Leaving Certificate Examination (including Day School Certificate (Higher) General paper), 1937
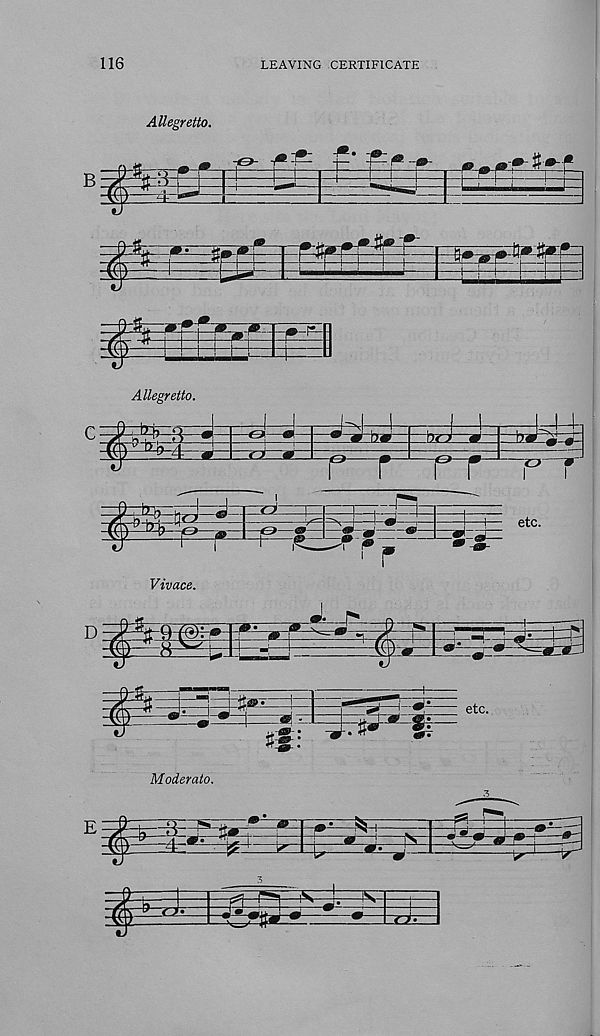
116
LEAVING CERTIFICATE
Allegretto.
HH 1
±L
£
H—!—h
Allegretto.
Vivace.
Moderato.